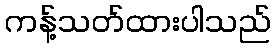
ကန့်သတ်ထားပါသည်